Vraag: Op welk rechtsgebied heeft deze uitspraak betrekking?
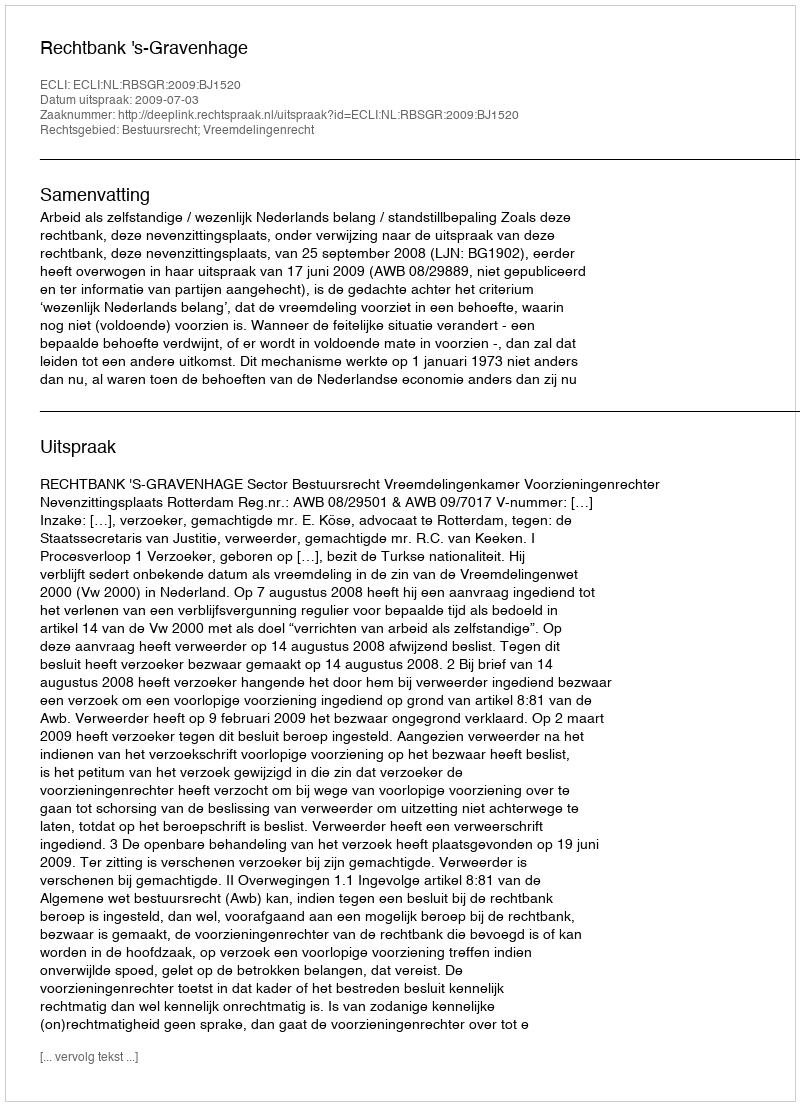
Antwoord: Bestuursrecht; Vreemdelingenrecht